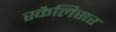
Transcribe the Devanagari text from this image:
स्कैलिसर